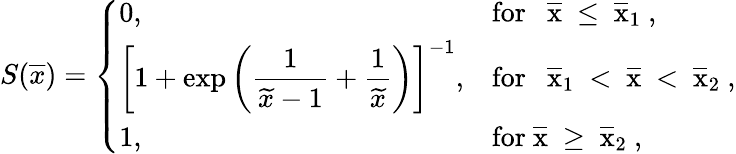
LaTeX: S(\overline{{x}})=\left\{ \begin{array}{ll}{0,}&{\mathrm{for~\ ~\overline{{x}}~\leq~\overline{{x}}_1~},}\\ {\left[1+\exp\left(\displaystyle{\frac{1}{\widetilde x-1}+\frac{1}{\widetilde x}}\right)\right]^{-1},}&{\mathrm{for~\ ~\overline{{x}}_1~<~\overline{{x}}~<~\overline{{x}}_2~},}\\ {1,}&{\mathrm{for~\overline{{x}}~\geq~\overline{{x}}_2~},}\end{array}\right.